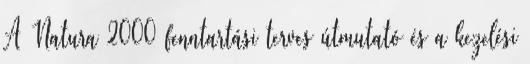
A Natura 2000 fenntartási terves útmutató és a kezelési